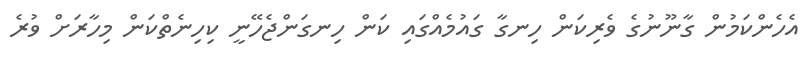
އެހެންކަމުން ގާނޫނުގެ ވެރިކަން ހިނގާ ގައުމެއްގައި ކަން ހިނގަންޖެހޭނީ ކިހިނެތްކަން މިހާރަށް ވުރެ